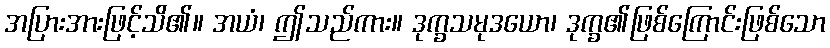
အပြားအားဖြင့်သိ၏။ အယံ၊ ဤသည်ကား။ ဒုက္ခသမုဒယော၊ ဒုက္ခ၏ဖြစ်ကြောင်းဖြစ်သော